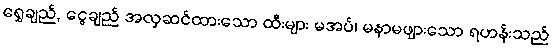
ရွှေချည်, ငွေချည် အလှဆင်ထားသော ထီးများ မအပ်၊ မနာမဖျားသော ရဟန်းသည်